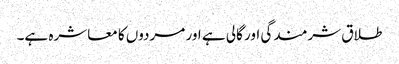
طلاق شرمندگی اور گالی ہے اور مردوں کا معاشرہ ہے۔